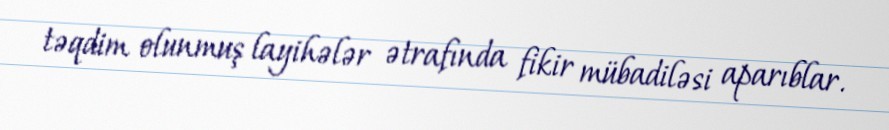
təqdim olunmuş layihələr ətrafında fikir mübadiləsi aparıblar.